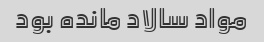
مواد سالاد مانده بود